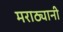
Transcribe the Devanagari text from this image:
मराठ्यानी